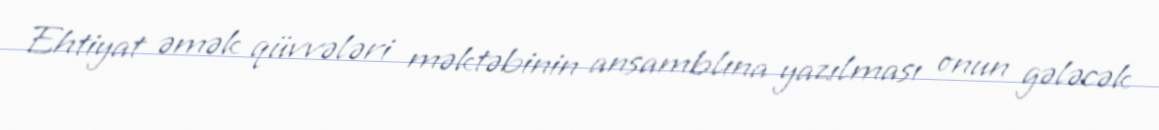
Ehtiyat əmək qüvvələri məktəbinin ansamblına yazılması onun gələcək